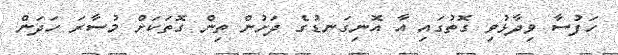
ހަފުސާ ވިދާޅުވި ގޮތުގައި އާ އޮނިގަނޑުގެ ދަށުން ތިން ގޮތަކަށް މުސާރަ ހަދަން